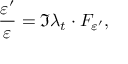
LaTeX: \frac { \varepsilon ^ { \prime } } { \varepsilon } = \Im \lambda _ { t } \cdot F _ { \varepsilon ^ { \prime } } ,